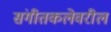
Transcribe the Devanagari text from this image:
संगीतकलेवरील